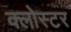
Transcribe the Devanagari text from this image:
क्लोस्टर